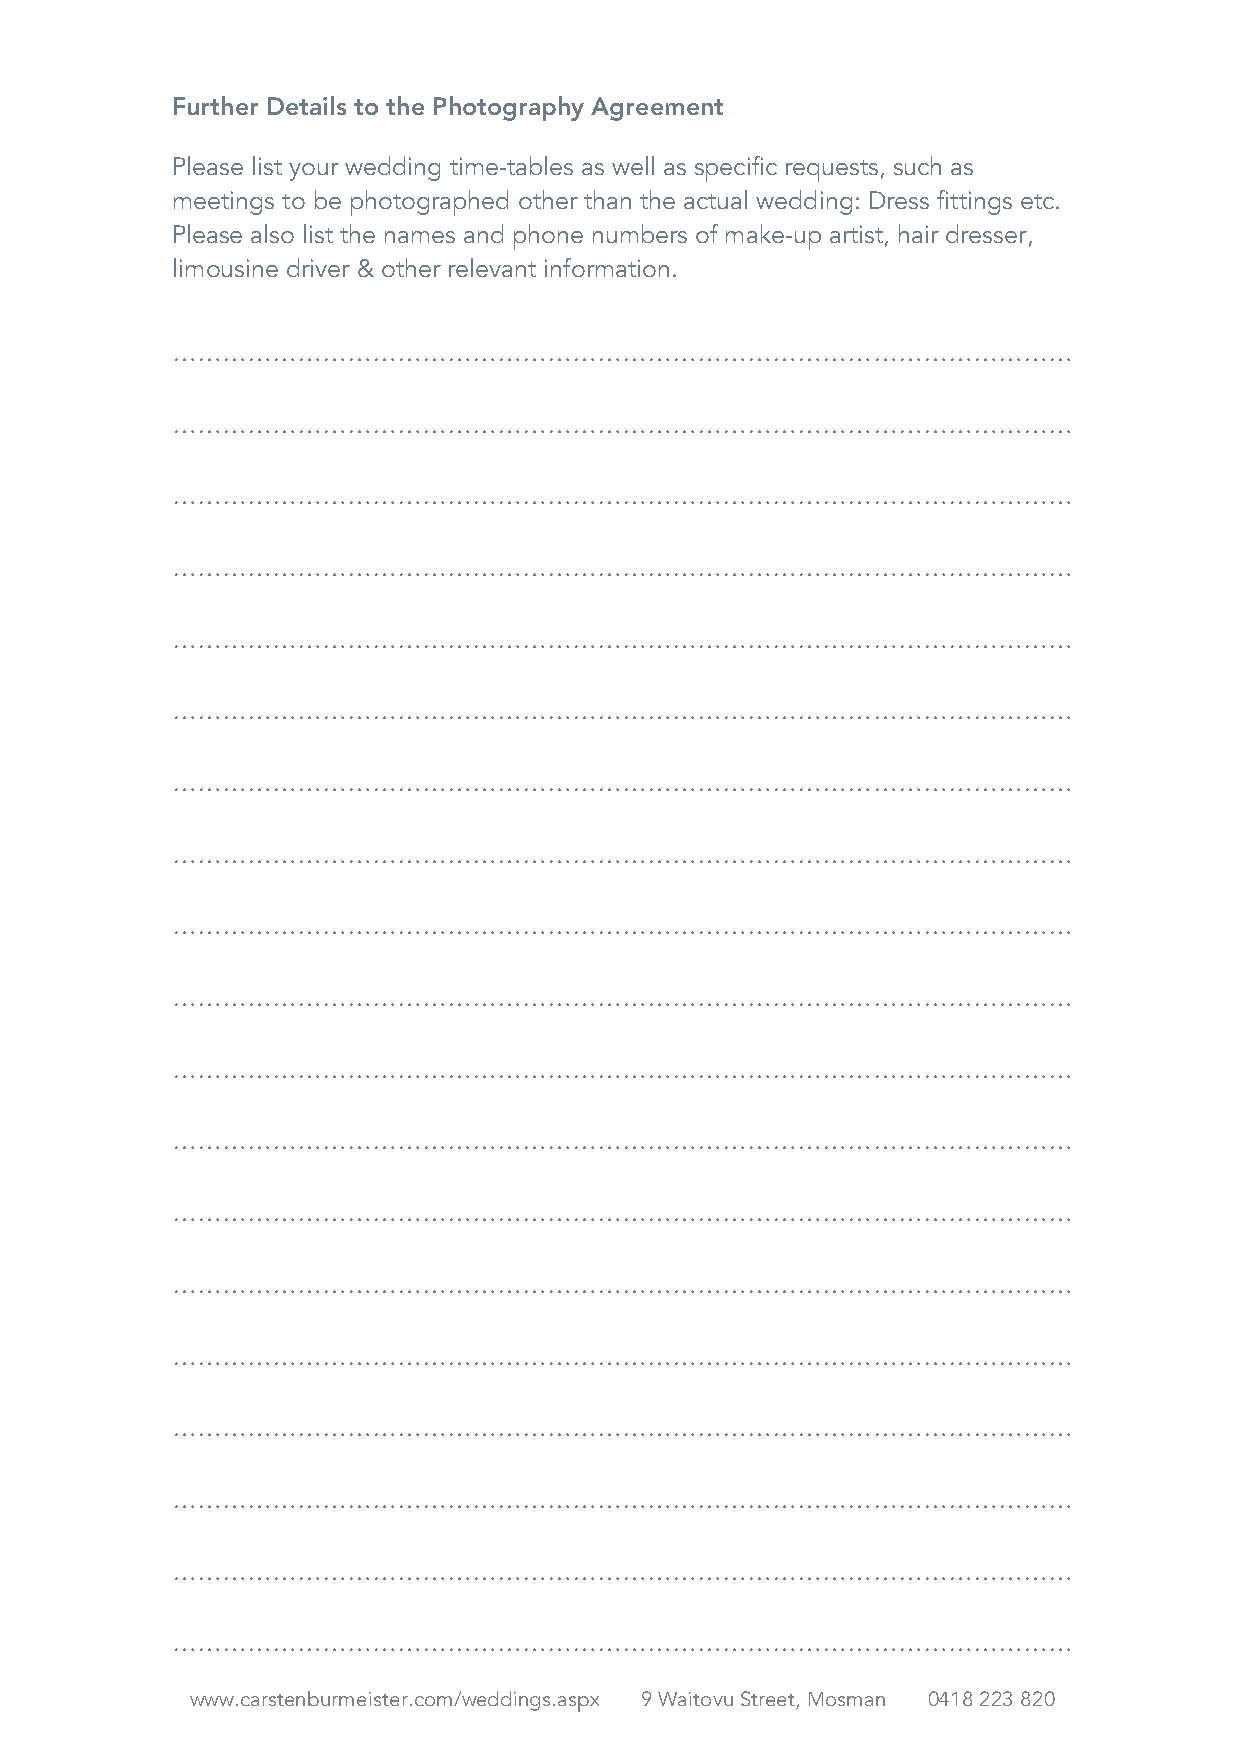
Further Details to the Photography Agreement
 Please list your wedding time-tables as well as specific requests, such as
 meetings to be photographed other than the actual wedding: Dress fittings etc.
 Please also list the names and phone numbers of make-up artist, hair dresser,
 limousine driver & other relevant information.
 ………………………………………………………………………………………………
 ………………………………………………………………………………………………
 ………………………………………………………………………………………………
 ………………………………………………………………………………………………
 ………………………………………………………………………………………………
 ………………………………………………………………………………………………
 ………………………………………………………………………………………………
 ………………………………………………………………………………………………
 ………………………………………………………………………………………………
 ………………………………………………………………………………………………
 ………………………………………………………………………………………………
 ………………………………………………………………………………………………
 ………………………………………………………………………………………………
 ………………………………………………………………………………………………
 ………………………………………………………………………………………………
 ………………………………………………………………………………………………
 ………………………………………………………………………………………………
 ………………………………………………………………………………………………
 ………………………………………………………………………………………………
 www.carstenburmeister.com/weddings.aspx 9 Waitovu Street, Mosman 0418 223 820